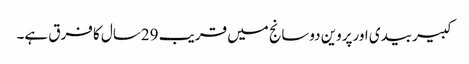
کبیربیدی اورپروین دوسانج میں قریب 29سال کا فرق ہے۔